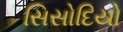
સિસોદિયો